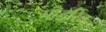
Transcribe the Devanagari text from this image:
मोडरिच